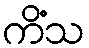
ကိံသ